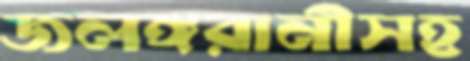
জলঙ্গরানীসহ